Civil Veterinary Department. Madras. Admin. report 1926-33 - 1926-1933
Year: 1926
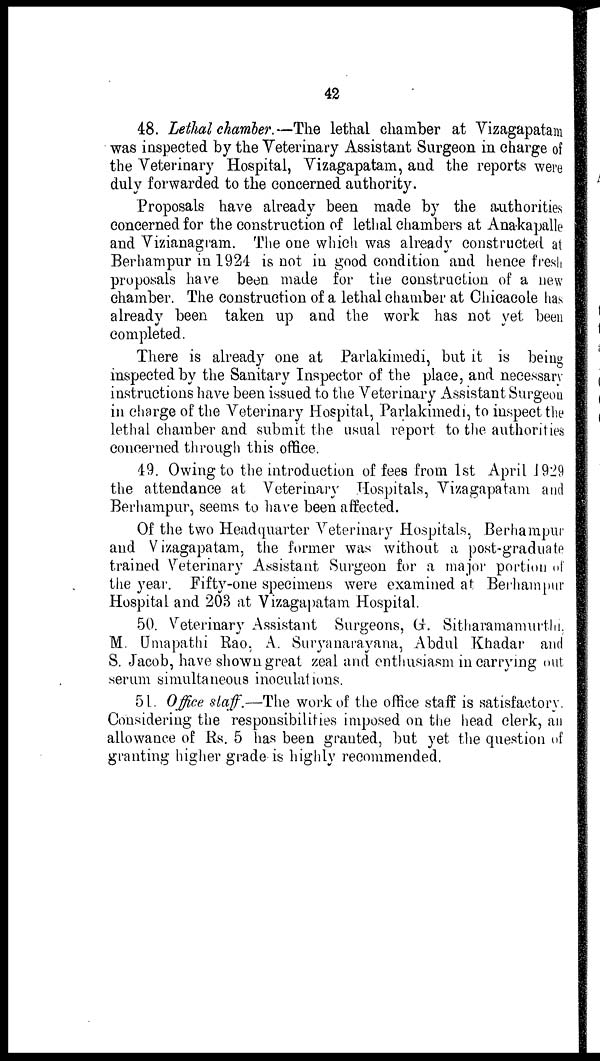
42
48. Lethal chamber.—The lethal chamber at Vizagapatam
was inspected by the Veterinary Assistant Surgeon in charge of
the Veterinary Hospital, Vizagapatam, and the reports were
duly forwarded to the concerned authority.
Proposals have already been made by the authorities
concerned for the construction of lethal chambers at Anakapalle
and Vizianagram. The one which was already constructed at
Berhampur in 1924 is not in good condition and hence fresh
proposals have been made for the construction of a new
chamber. The construction of a lethal chamber at Chicacole has
already been taken up and the work has not yet been
completed.
There is already one at Parlakimedi, but it is being
inspected by the Sanitary Inspector of the place, and necessary
instructions have been issued to the Veterinary Assistant Surgeon
in charge of the Veterinary Hospital, Parlakimedi, to inspect the
lethal chamber and submit the usual report to the authorities
concerned through this office.
49. Owing to the introduction of fees from 1st April 1929
the attendance at Veterinary Hospitals, Vizagapatam and
Berhampur, seems to have been affected.
Of the two Headquarter Veterinary Hospitals, Berhampur
and Vizagapatam, the former was without a post-graduate
trained Veterinary Assistant Surgeon for a major portion of
the year. Fifty-one specimens were examined at Berhampur
Hospital and 203 at Vizagapatam Hospital.
50. Veterinary Assistant Surgeons, G. Sitharamamurthi,
M. Umapathi Rao, A. Suryanarayana, Abdul Khadar and
S. Jacob, have shown great zeal and enthusiasm in carrying out
serum simultaneous inoculations.
51. Office staff.—The work of the office staff is satisfactory.
Considering the responsibilities imposed on the head clerk, an
allowance of Rs. 5 has been granted, but yet the question of
granting higher grade is highly recommended.